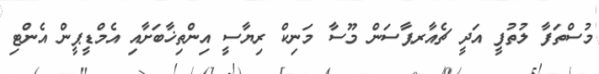
މުސްތަފާ ލުތުފީ އަދީ ޗެއާރޕާސަން މޫސާ މަނިކް ރިޔާސީ އިންތިޚާބަށާއި އެމްޑީޕީން އެންޓި